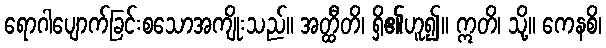
ရောဂါပျောက်ခြင်းစသောအကျိုးသည်။ အတ္ထီတိ၊ ရှိ၏ဟူ၍။ ဣတိ၊ သို့။ ကေနစိ၊